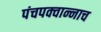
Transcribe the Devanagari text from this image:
पंचपक्वान्नाच